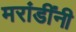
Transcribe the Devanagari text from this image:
मरांडींनी